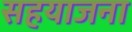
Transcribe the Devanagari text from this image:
सहयाजना